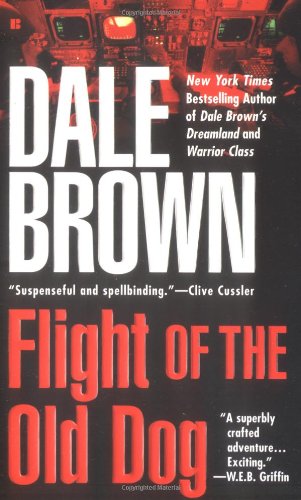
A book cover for Flight of the Old Dog; Dale Brown; Mystery, Thriller & Suspense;